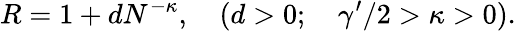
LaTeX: R=1+dN^{-\kappa},\quad(d>0;\quad{\gamma^{\prime}}/2>\kappa>0).